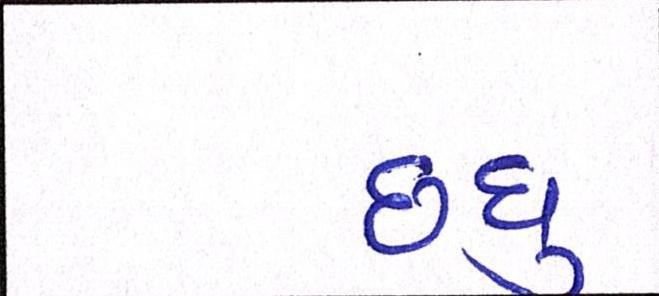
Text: છધુ